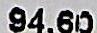
94.60